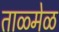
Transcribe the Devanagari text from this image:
ताळ्मेळ